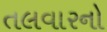
તલવારનો